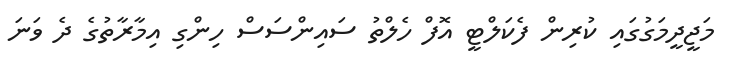
މަޖީދީމަގުގައި ކުރިން ފެކަލްޓީ އޮފް ހެލްތު ސައިންސަސް ހިންގި އިމާރާތުގެ ދެ ވަނަ